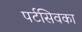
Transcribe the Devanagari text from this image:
पर्टसिवका